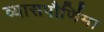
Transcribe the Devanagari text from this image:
व्यासपौर्णिमा